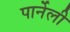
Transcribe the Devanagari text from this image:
पार्नेली